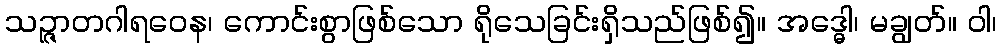
သဉ္ဇာတဂါရဝေန၊ ကောင်းစွာဖြစ်သော ရိုသေခြင်းရှိသည်ဖြစ်၍။ အဒ္ဓေါ၊ မချွတ်။ ဝါ၊